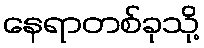
နေရာတစ်ခုသို့